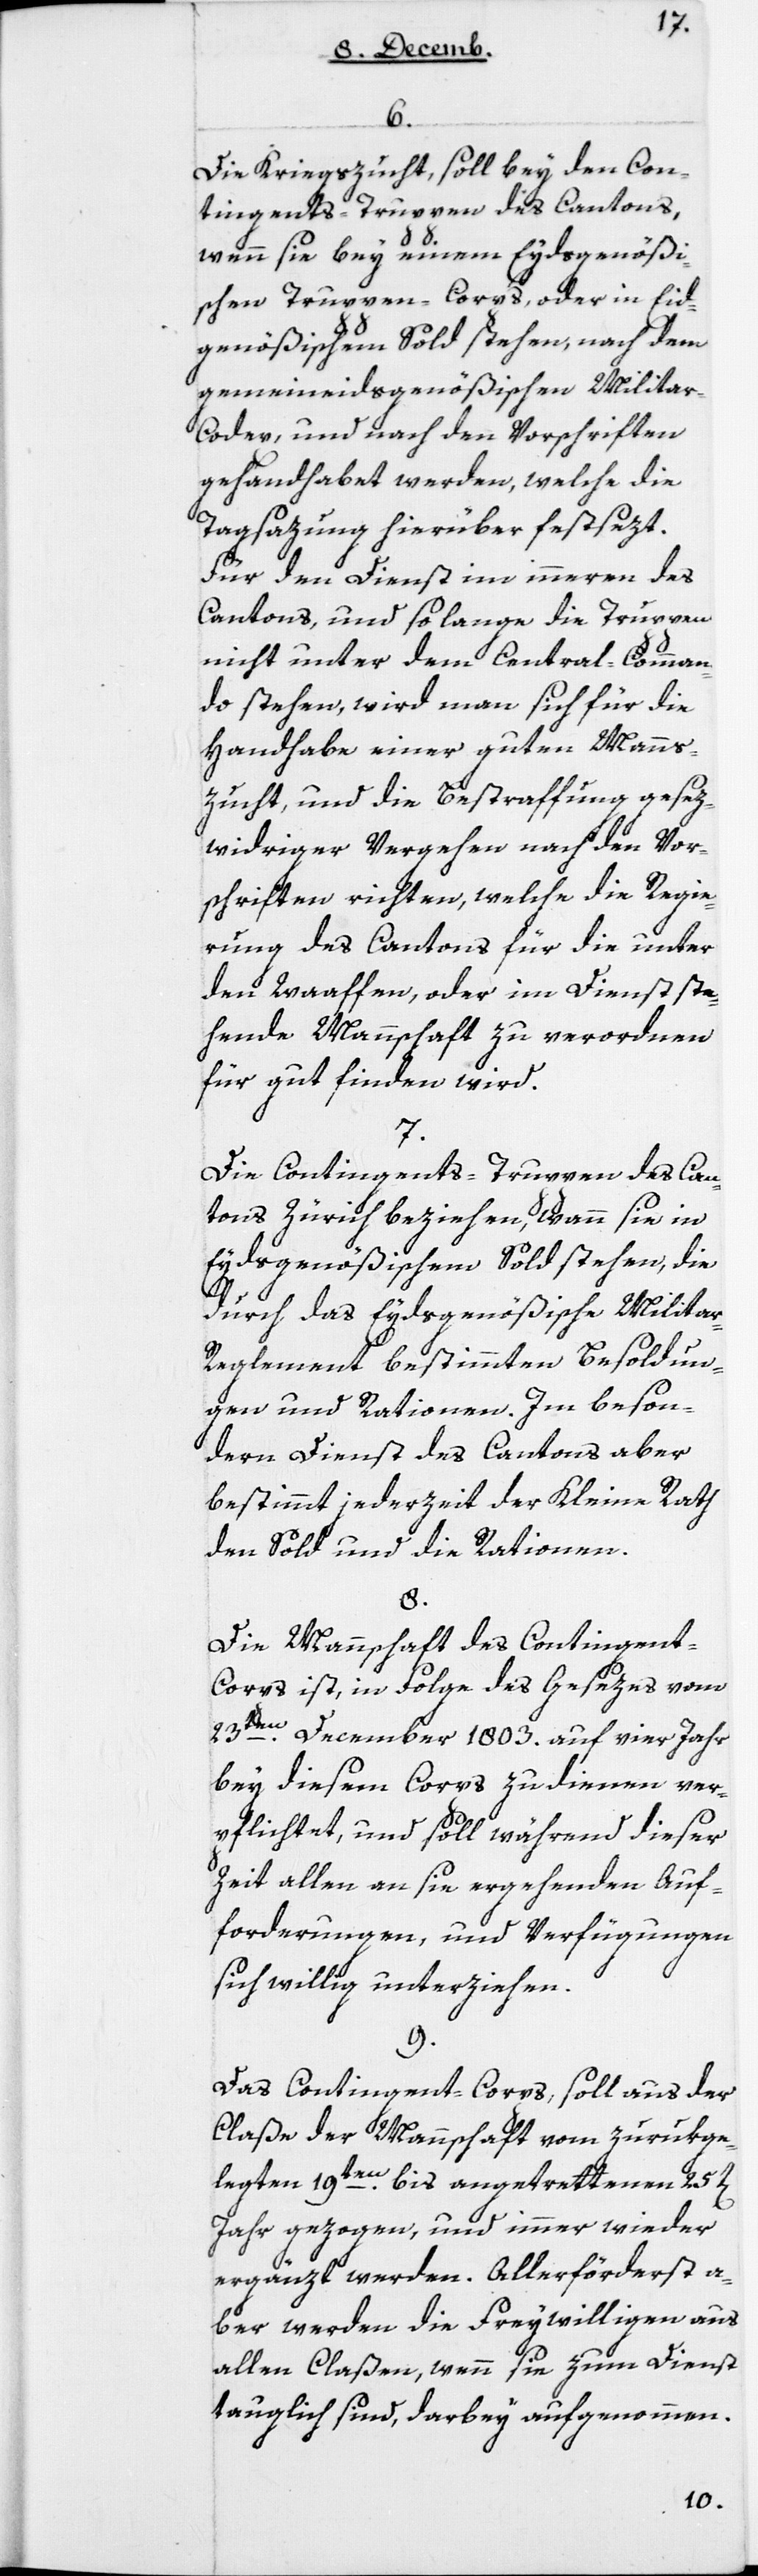
6.
Die Kriegszucht soll bey den Con¬
tingents-Truppen des Cantons,
wenn sie bey einem Eydsgenößi¬
schen Truppen-Corps oder in Eid¬
genößischem Sold stehen, nach dem
gemeineidsgenößischen Milita¬
r-Codex und nach den Vorschriften
gehandhabet werden, welche die
Tagsazung hierüber festsezt.
Für den Dienst im inneren des
Cantons, und so lange die Truppen
nicht unter dem Central-Comman¬
do stehen, wird man sich für die
Handhabe einer guten Manns¬
zucht und die Bestraffung gesez¬
widriger Vergehen nach den Vor¬
schriften richten, welche die Regie¬
rung des Cantons für die unter
den Waaffen, oder im Dienst ste¬
hende Mannschaft zu verordnen
für gut finden wird.
7.
Die Contingents-Truppen des Can¬
tons Zürich beziehen, wann sie in
Eydsgenößischem Sold stehen, die
durch das Eydsgenößische Milita¬
r-Reglement bestimmten Besoldun¬
gen und Rationen. Im beson¬
dern Dienst des Cantons aber
bestimmt jederzeit der Kleine Rath
den Sold und die Rationen.
8.
Die Mannschaft des Contingen¬
t-Corps ist, in Folge des Gesezes vom
23ten December 1803 auf vier Jahr
bey diesem Corps zu dienen ver¬
pflichtet, und soll während dieser
Zeit allen an sie ergehenden Auf¬
forderungen und Verfügungen
sich willig unterziehen.
9.
Das Contingents-Corps, soll aus der
Claße der Mannschaft vom zurükge¬
legten 19ten bis angetrettenen 25ten
Jahr gezogen, und immer wieder
ergänzt werden. Allerförderst a¬
ber werden die Freywilligen aus
allen Claßen, wenn sie zum Dienst
tauglich sind, darbey aufgenommen.